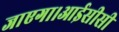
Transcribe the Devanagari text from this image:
जाएगा।आईसीसी